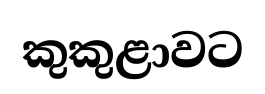
කුකුළාවට